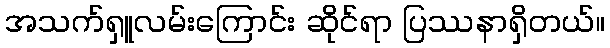
အသက်ရှူလမ်းကြောင်း ဆိုင်ရာ ပြဿနာရှိတယ်။